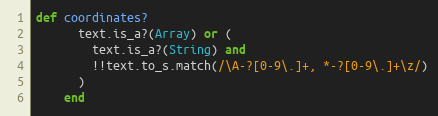
Language: Ruby
def coordinates?
      text.is_a?(Array) or (
        text.is_a?(String) and
        !!text.to_s.match(/\A-?[0-9\.]+, *-?[0-9\.]+\z/)
      )
    end